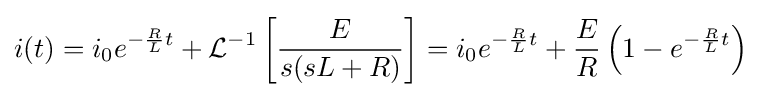
i(t)=i_{0}e^{-{\frac {R}{L}}t}+{\mathcal {L}}^{-1}\left[{\frac {E}{s(sL+R)}}\right]=i_{0}e^{-{\frac {R}{L}}t}+{\frac {E}{R}}\left(1-e^{-{\frac {R}{L}}t}\right)